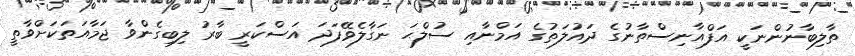
ތާލިބާނުންނަކީ އަފްޣާނިސްތާނުގެ ދައުލަތުގެ އަމްނާއި ސުލްޙަ ނަގާލެވޭފަދަ އަސްކަރީ ބާރު ލިބިގެންވާ ޖަމާއަތަކަށްވާތީ